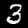
Digit: 3